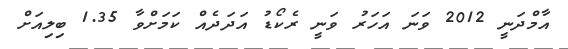
އާމްދަނީ 2012 ވަނަ އަހަރު ވަނީ ރެކޯޑު އަދަދެއް ކަމަށްވާ 1.35 ބިލިއަށް